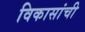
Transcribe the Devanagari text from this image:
विकासांची